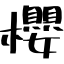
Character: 櫻